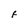
Character: F